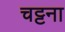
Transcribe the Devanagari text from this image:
चट्टना